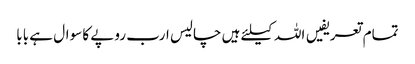
تمام تعریفیں اللہ کیلئے ہیں	 چالیس ارب روپے کا سوال ہے بابا